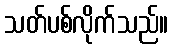
သတ်ပစ်လိုက်သည်။